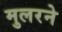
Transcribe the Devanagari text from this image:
मुलरने